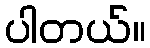
ပါတယ်။